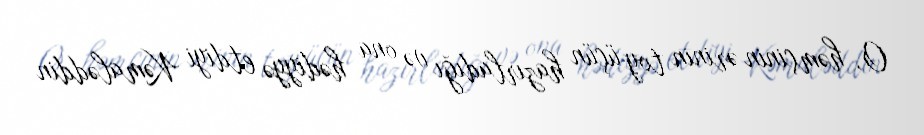
O, həmçinin ərinin toy üçün hazırladığı və ona hədiyyə etdiyi Kəmaləddin